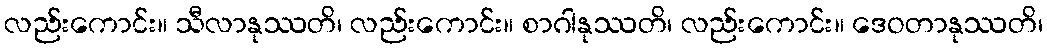
လည်းကောင်း။ သီလာနုဿတိ၊ လည်းကောင်း။ စာဂါနုဿတိ၊ လည်းကောင်း။ ဒေဝတာနုဿတိ၊